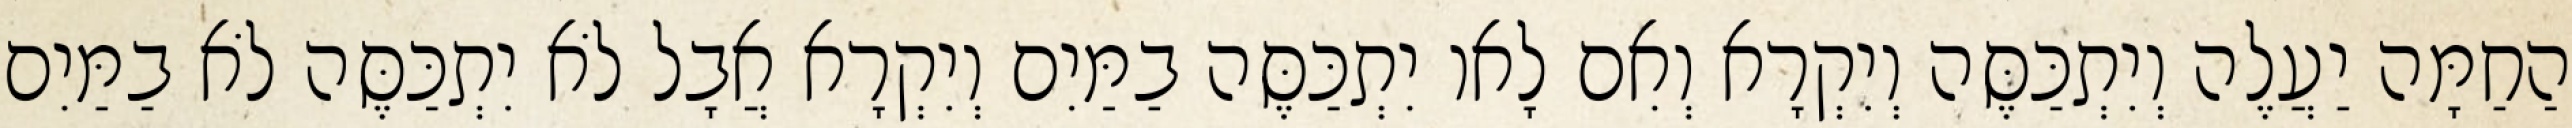
הַחַמָּה יַעֲלֶה וְיִתְכַּסֶּה וְיִקְרָא וְאִם לָאו יִתְכַּסֶּה בַמַּיִם וְיִקְרָא אֲבָל לֹא יִתְכַּסֶּה לֹא בַמַּיִם